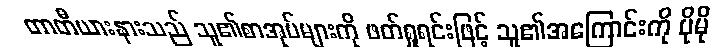
တာတီယားနားသည် သူ၏စာအုပ်များကို ဖတ်ရှုရင်းဖြင့် သူ၏အကြောင်းကို ပိုမို